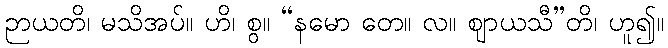
ဉာယတိ၊ မသိအပ်။ ဟိ၊ စွ။ “နမော တေ။ လ။ ဈာယသီ”တိ၊ ဟူ၍။